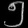
Digit: ၅